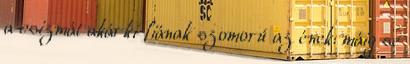
a csizmát akárki fiának szomorú az ének: máig se